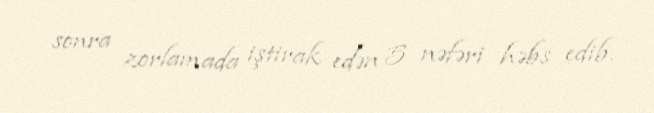
sonra zorlamada iştirak edən 5 nəfəri həbs edib.